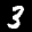
Label: 3